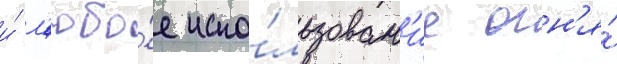
и́ л'юбо́е испо́льзован'ие огн'я́